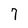
Character: 7